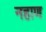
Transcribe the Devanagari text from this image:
नहाण